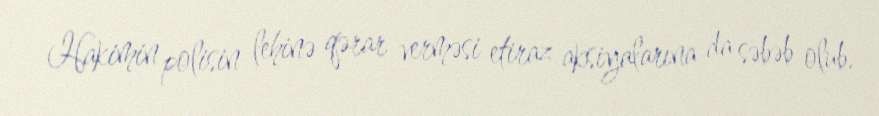
Hakimin polisin lehinə qərar verməsi etiraz aksiyalarına da səbəb olub.